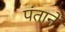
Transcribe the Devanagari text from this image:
पंतानें